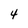
Character: 4